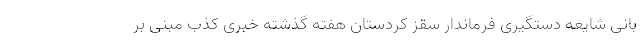
بانی شایعه دستگیری فرماندار سقز کردستان هفته گذشته خبری کذب مبنی بر